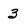
Character: 3